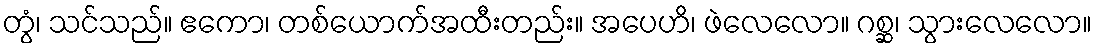
တွံ၊ သင်သည်။ ဧကော၊ တစ်ယောက်အထီးတည်း။ အပေဟိ၊ ဖဲလေလော။ ဂစ္ဆ၊ သွားလေလော။